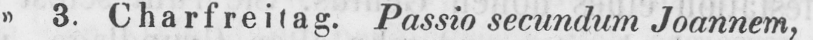
» 3. Charfreitag. Passio secundum Joannem,